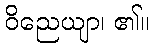
ဝိညေယျာ၊ ၏။